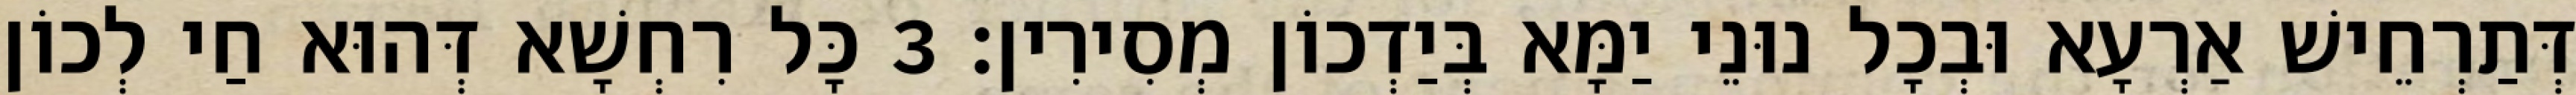
דְּתַרְחֵישׁ אַרְעָא וּבְכָל נוּנֵי יַמָּא בְּיַדְכוֹן מְסִירִין׃ 3 כָּל רִחְשָׁא דְּהוּא חַי לְכוֹן